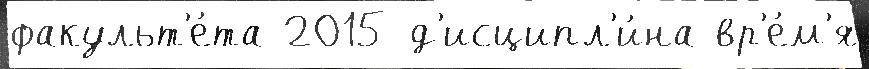
факульт'е́та 2015 д'исципл'и́на вр'е́м'я